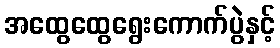
အထွေထွေရွေးကောက်ပွဲနှင့်